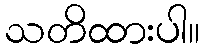
သတိထားပါ။